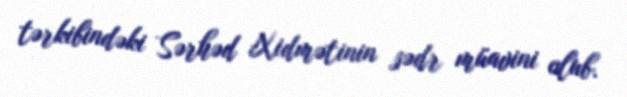
tərkibindəki Sərhəd Xidmətinin sədr müavini olub.